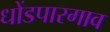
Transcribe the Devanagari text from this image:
धोंडपारगाव